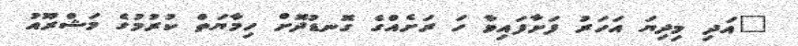
"އަދި މިދިޔަ އަހަރު ފަށާފައިވާ ހަ ރަށެއްގެ ގޮނޑުދޮށް ހިމާޔަތް ކުރުމުގެ މަޝްރޫއު